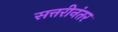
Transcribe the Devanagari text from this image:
सत्तरीनंतर